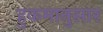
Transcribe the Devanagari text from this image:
हुकमानुसार